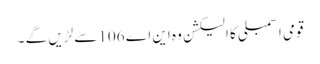
قومی اسمبلی کا الیکشن وہ این اے 106سے لڑیں گے ۔